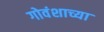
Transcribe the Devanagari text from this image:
गोवंशाच्या